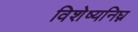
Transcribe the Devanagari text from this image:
विशेष्यनिघ्न